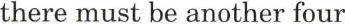
there must be another four